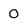
Character: 0